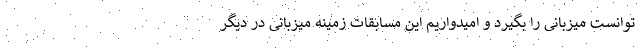
توانست میزبانی را بگیرد و امیدواریم این مسابقات زمینه میزبانی در دیگر